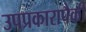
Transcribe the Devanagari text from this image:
उपप्रकारापैकी